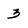
Character: 3